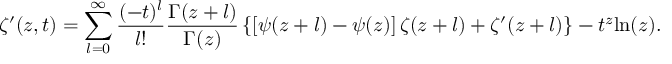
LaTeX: \zeta ^ { \prime } ( z , t ) = \sum _ { l = 0 } ^ { \infty } \frac { ( - t ) ^ { l } } { l ! } \frac { \Gamma ( z + l ) } { \Gamma ( z ) } \left\{ \left[ \psi ( z + l ) - \psi ( z ) \right] \zeta ( z + l ) + \zeta ^ { \prime } ( z + l ) \right\} - t ^ { z } \mathrm { l n } ( z ) .